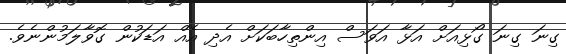
ގިނަ ގިނަ ގޯޅިއަށް އަޅާ އަވަސް އިންތިހާބަކަށް އެދި އެއް އަޑަކުން ގޮވާލަމުންނެވެ.